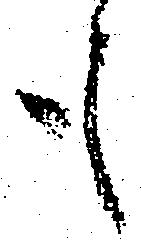
も